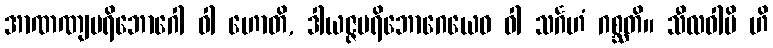
အာဏဏျပရိဘောဂေါ ဝါ ဟောတိ, ဒါယဇ္ဇပရိဘောဂေယေဝ ဝါ သင်္ဂဟံ ဂစ္ဆတိ။ သီလဝါပိ ဟိ